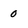
Character: 0